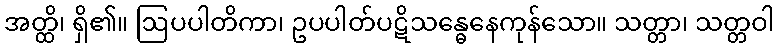
အတ္ထိ၊ ရှိ၏။ ဩပပါတိကာ၊ ဥပပါတ်ပဋိသန္ဓေနေကုန်သော။ သတ္တာ၊ သတ္တဝါ